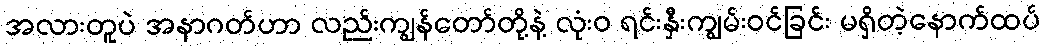
အလားတူပဲ အနာဂတ်ဟာ လည်းကျွန်တော်တို့နဲ့ လုံးဝ ရင်းနှီးကျွမ်းဝင်ခြင်း မရှိတဲ့နောက်ထပ်